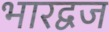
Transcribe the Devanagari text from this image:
भारद्वज